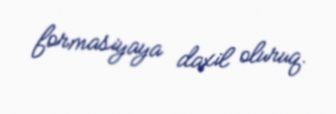
formasiyaya daxil oluruq.